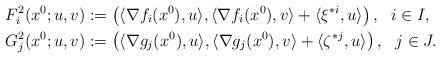
LaTeX: \begin{align*} F^2_i(x^0; u, v)&:=\left(\langle \nabla f_i(x^0), u\rangle, \langle \nabla f_i(x^0), v\rangle+\langle\xi^{*i}, u\rangle\right),\ \ i\in I,\\G^2_j(x^0; u, v)&:=\left(\langle \nabla g_j(x^0), u\rangle, \langle \nabla g_j(x^0), v\rangle+\langle\zeta^{*j}, u\rangle\right),\ \ j\in J.\end{align*}